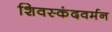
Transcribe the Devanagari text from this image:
शिवस्कंदवर्मन